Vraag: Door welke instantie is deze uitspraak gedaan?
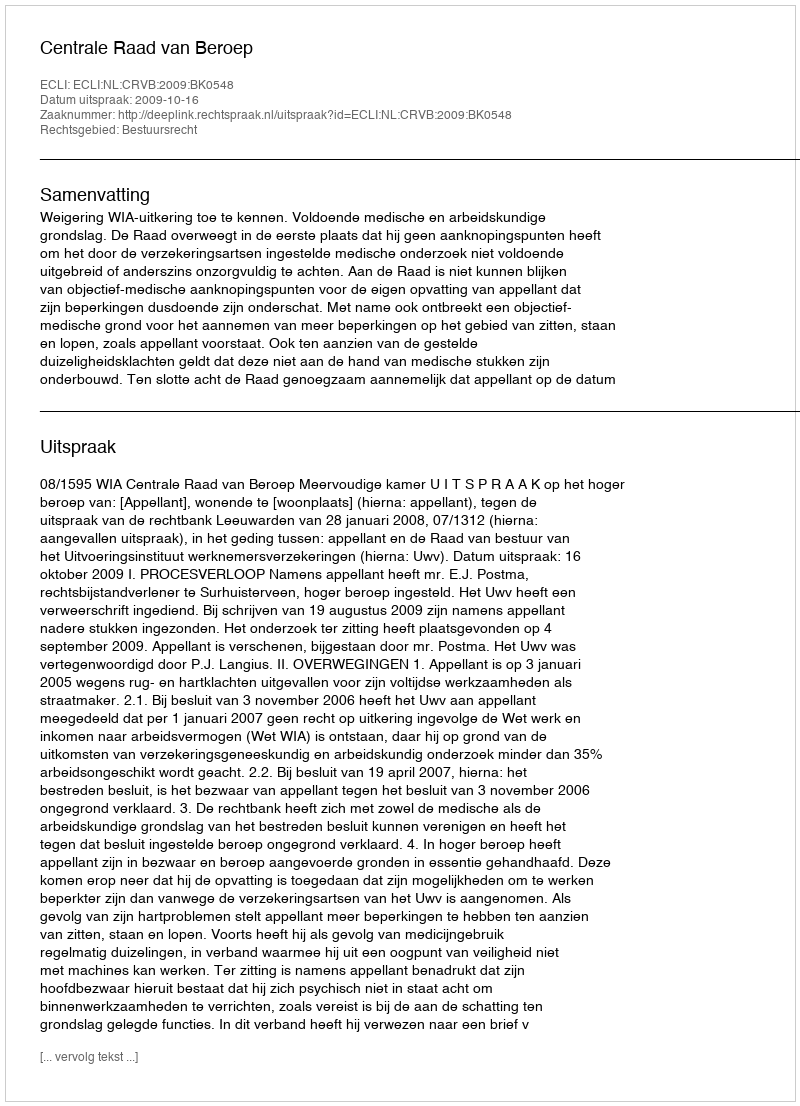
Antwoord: Centrale Raad van Beroep